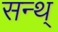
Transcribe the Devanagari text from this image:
सन्थ्